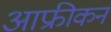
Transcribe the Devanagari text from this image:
आफ्रीकन